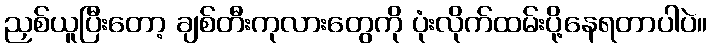
ညှစ်ယူပြီးတော့ ချစ်တီးကုလားတွေကို ပုံးလိုက်ထမ်းပို့နေရတာပါပဲ။